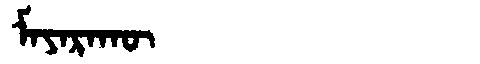
Manchu: ᠮᠠᠶᠠᡵᠠᡴᡡ
Romanization: MAYARAKŪ